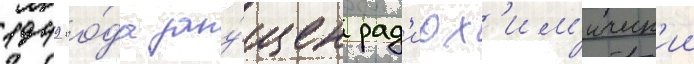
1949 го́да запу́щен рад'иох'им'ическ'ии